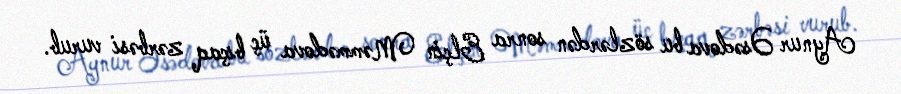
Aynur Əsədova bu sözlərdən sonra Elçin Məmmədova üç bıçaq zərbəsi vurub.